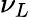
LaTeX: \nu_{L}